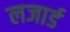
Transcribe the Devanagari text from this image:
लजार्ड